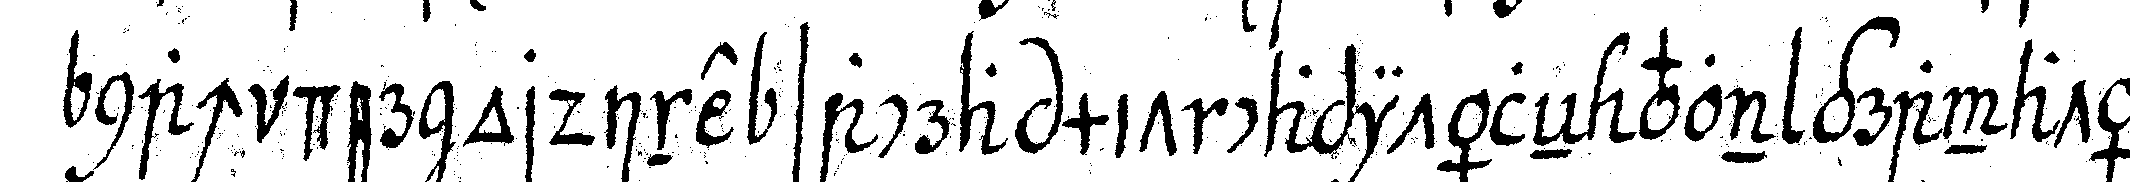
nach der ordine sacra mit capitäleN von granatäp